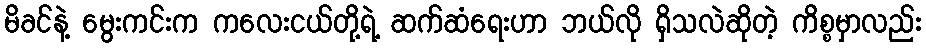
မိခင်နဲ့ မွေးကင်းက ကလေးငယ်တို့ရဲ့ ဆက်ဆံရေးဟာ ဘယ်လို ရှိသလဲဆိုတဲ့ ကိစ္စမှာလည်း